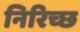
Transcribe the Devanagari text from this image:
निरिच्छ